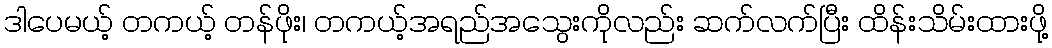
ဒါပေမယ့် တကယ့် တန်ဖိုး၊ တကယ့်အရည်အသွေးကိုလည်း ဆက်လက်ပြီး ထိန်းသိမ်းထားဖို့